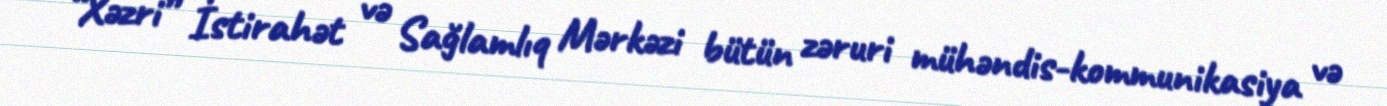
“Xəzri” İstirahət və Sağlamlıq Mərkəzi bütün zəruri mühəndis-kommunikasiya və